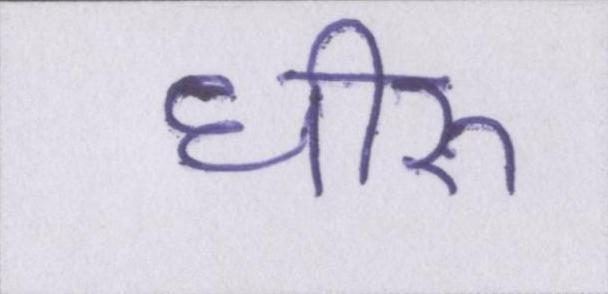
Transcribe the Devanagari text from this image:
धीरू